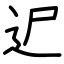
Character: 迉